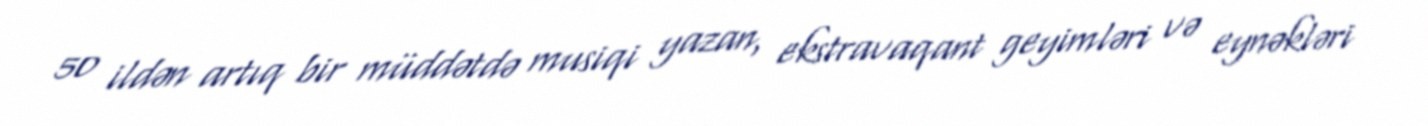
50 ildən artıq bir müddətdə musiqi yazan, ekstravaqant geyimləri və eynəkləri